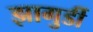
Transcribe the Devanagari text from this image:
झागुर्डी